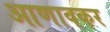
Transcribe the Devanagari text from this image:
आणावकर